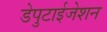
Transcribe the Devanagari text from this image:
डेपुटाईजेशन